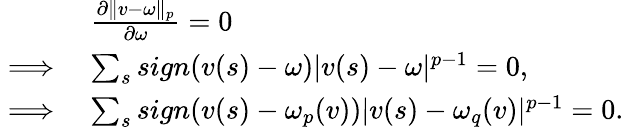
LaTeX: \begin{array}{rl}&{\frac{\partial\lVert v-\omega\rVert_{p}}{\partial\omega}=0}\\ {\implies}&{\sum_{s}sign(v(s)-\omega)|v(s)-\omega|^{p-1}=0,}\\ {\implies}&{\sum_{s}sign(v(s)-\omega_{p}(v))|v(s)-\omega_{q}(v)|^{p-1}=0.}\end{array}